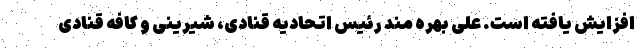
افزایش یافته است. علی بهره مند رئیس اتحادیه قنادی، شیرینی و کافه قنادی